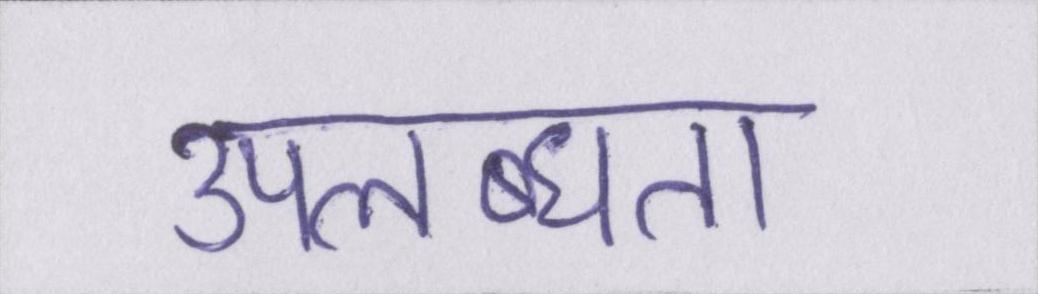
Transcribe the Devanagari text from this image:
उपलब्धता